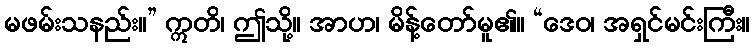
မဖမ်းသနည်း။” ဣတိ၊ ဤသို့။ အာဟ၊ မိန့်တော်မူ၏။ “ဒေဝ၊ အရှင်မင်းကြီး။